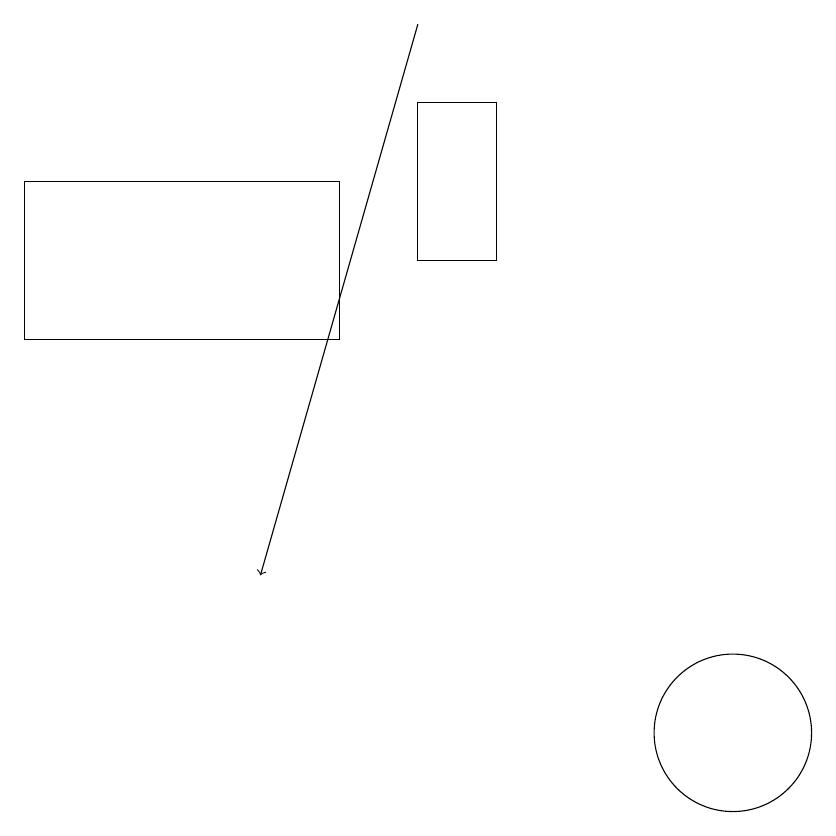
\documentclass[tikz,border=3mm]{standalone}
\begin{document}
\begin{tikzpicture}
\draw (8,16) rectangle (7,18);
\draw (6,17) rectangle (2,15);
\draw[->] (7,19) -- (5,12);
\draw (11,10) circle (1);
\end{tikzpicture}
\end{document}